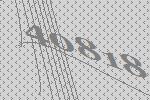
40818